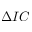
\Delta I C